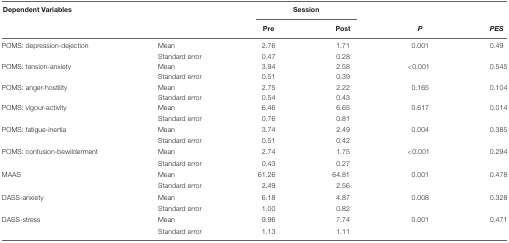
<table><thead><tr><td colspan="2"><b>Dependent Variables</b></td><td colspan="2"><b>Session</b></td><td colspan="2"></td></tr><tr><td></td><td></td><td><b>Pre</b></td><td><b>Post</b></td><td><b><i>P</i></b></td><td><b><i>PES</i></b></td></tr></thead><tbody><tr><td>POMS: depression-dejection</td><td>Mean</td><td>2.76</td><td>1.71</td><td>0.001</td><td>0.49</td></tr><tr><td></td><td>Standard error</td><td>0.47</td><td>0.28</td><td></td><td></td></tr><tr><td>POMS: tension-anxiety</td><td>Mean</td><td>3.94</td><td>2.58</td><td>&lt;0.001</td><td>0.545</td></tr><tr><td></td><td>Standard error</td><td>0.51</td><td>0.39</td><td></td><td></td></tr><tr><td>POMS: anger-hostility</td><td>Mean</td><td>2.75</td><td>2.22</td><td>0.165</td><td>0.104</td></tr><tr><td></td><td>Standard error</td><td>0.54</td><td>0.43</td><td></td><td></td></tr><tr><td>POMS: vigour-activity</td><td>Mean</td><td>6.46</td><td>6.65</td><td>0.617</td><td>0.014</td></tr><tr><td></td><td>Standard error</td><td>0.76</td><td>0.81</td><td></td><td></td></tr><tr><td>POMS: fatigue-inertia</td><td>Mean</td><td>3.74</td><td>2.49</td><td>0.004</td><td>0.385</td></tr><tr><td></td><td>Standard error</td><td>0.51</td><td>0.42</td><td></td><td></td></tr><tr><td>POMS: confusion-bewilderment</td><td>Mean</td><td>2.74</td><td>1.75</td><td>&lt;0.001</td><td>0.294</td></tr><tr><td></td><td>Standard error</td><td>0.43</td><td>0.27</td><td></td><td></td></tr><tr><td>MAAS</td><td>Mean</td><td>61.26</td><td>64.81</td><td>0.001</td><td>0.478</td></tr><tr><td></td><td>Standard error</td><td>2.49</td><td>2.56</td><td></td><td></td></tr><tr><td>DASS-anxiety</td><td>Mean</td><td>6.18</td><td>4.87</td><td>0.008</td><td>0.328</td></tr><tr><td></td><td>Standard error</td><td>1.00</td><td>0.82</td><td></td><td></td></tr><tr><td>DASS-stress</td><td>Mean</td><td>9.96</td><td>7.74</td><td>0.001</td><td>0.471</td></tr><tr><td></td><td>Standard error</td><td>1.13</td><td>1.11</td><td></td><td></td></tr></tbody></table>